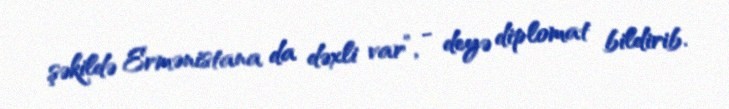
şəkildə Ermənistana da dəxli var”, - deyə diplomat bildirib.